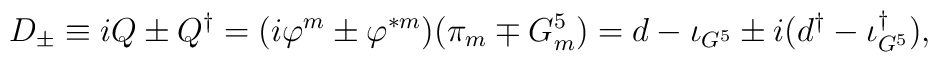
D_\pm\equiv iQ \pm Q^\dagger= (i\varphi^m \pm \varphi^{*m})(\pi_m \mp G^5_m)= d- \iota_{G^5} \pm i(d^\dagger- \iota_{G^5}^\dagger),